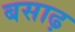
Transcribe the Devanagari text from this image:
बसाढ़